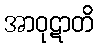
အာဝုဋာတိ